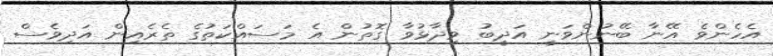
އެހެންވެ އޭނާ ބޭނުންވަނީ އަދީބު ވިދާޅުވާ ގޮތުން އެ މަސައްކަތުގެ ތެރެއިން އަދިވެސް